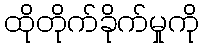
ထိုတိုက်ခိုက်မှုကို